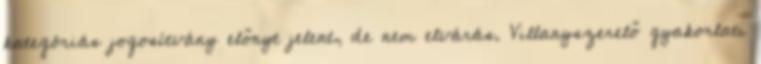
kategóriás jogosítvány előnyt jelent, de nem elvárás. Villanyszerelő gyakorlati